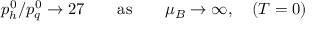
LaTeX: p _ { h } ^ { 0 } / p _ { q } ^ { 0 } \to 2 7 \qquad \mathrm { a s } \qquad \mu _ { B } \to \infty , \quad ( T = 0 )